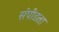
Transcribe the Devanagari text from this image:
संपीडता